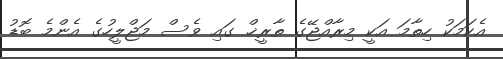
އެކަމަކު ހިތާމަ އަކީ މިރާއްޖޭގެ ތާރީޚް ގައި ވެސް މަޖްލީހުގެ އެންމެ ބޮޑު